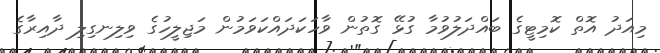
މިއަދު އޮތް ކޮމިޓީގެ ބައްދަލުވުމާ ގުޅޭ ގޮތުން ވާހަކަދައްކަވަމުން މަޖިލީހުގެ ވިލިނގިލި ދާއިރާގެ